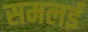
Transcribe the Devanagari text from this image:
समलई